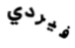
فيردي